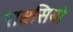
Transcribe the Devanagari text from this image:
राक्षसियां